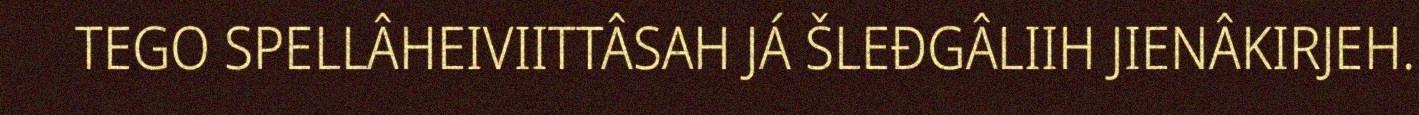
TEGO SPELLÂHEIVIITTÂSAH JÁ ŠLEĐGÂLIIH JIENÂKIRJEH.